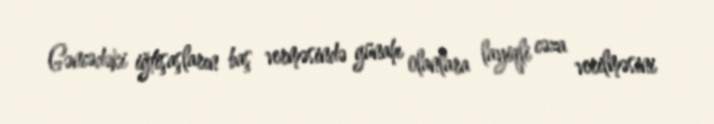
Gəncədəki iğtişaşların baş verməsində günahı olanlara layiqli cəza verilməsini